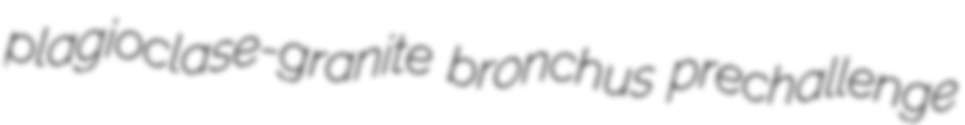
plagioclase-granite bronchus prechallenge